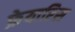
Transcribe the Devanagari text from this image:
फ्रेयारिस